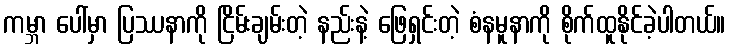
ကမ္ဘာ ပေါ်မှာ ပြဿနာကို ငြိမ်းချမ်းတဲ့ နည်းနဲ့ ဖြေရှင်းတဲ့ စံနမူနာကို စိုက်ထူနိုင်ခဲ့ပါတယ်။